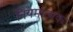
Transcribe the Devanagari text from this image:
नियमात्मक